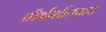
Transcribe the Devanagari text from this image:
तीर्थमहिम्यात